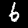
Label: 6